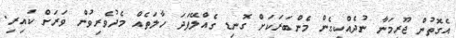
އެގޮތުން ޖޫރިމަނާ ނުދެއްކިގެން މެންބަރަކަށް ގޮނޑި ގެއްލޭފަދަ ހާލަތެއް މެދުވެރިވުން ވަރަށް ކައިރި.